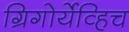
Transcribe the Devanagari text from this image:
ग्रिगोर्येव्हिच